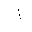
Letter: _alif